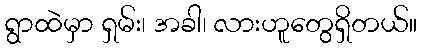
ရွာထဲမှာ ရှမ်း၊ အခါ၊ လားဟူတွေရှိတယ်။